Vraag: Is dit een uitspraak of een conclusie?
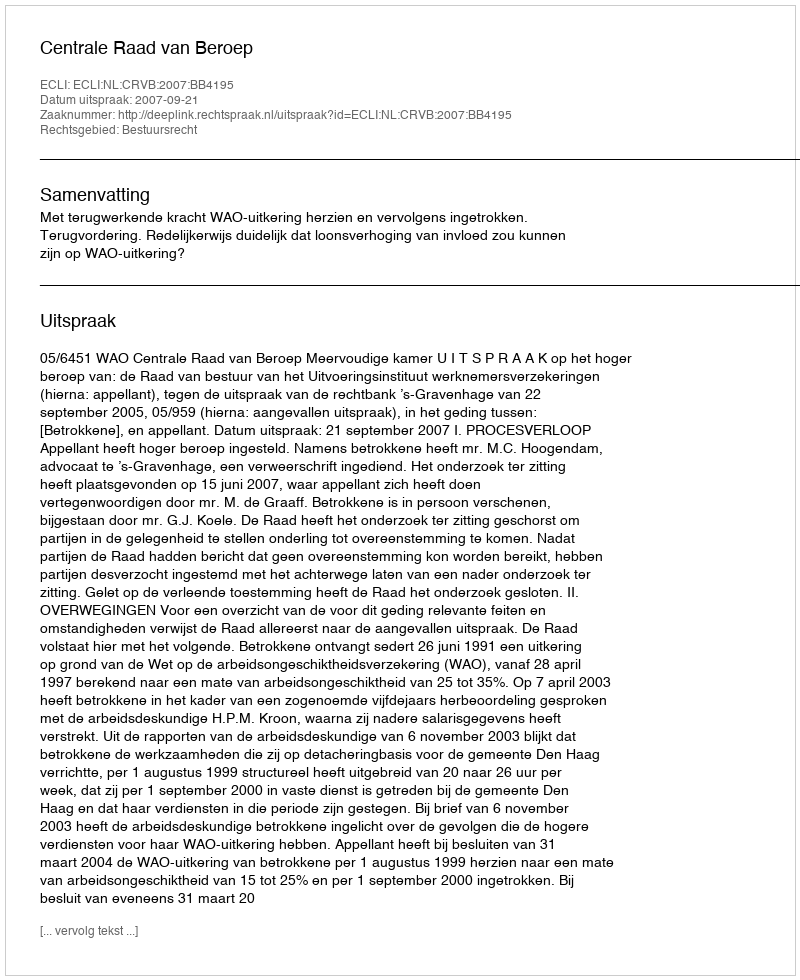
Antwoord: Uitspraak